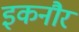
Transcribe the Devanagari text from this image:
इकनौर